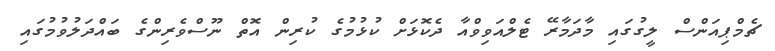
ޗެމްޕިއަންސް ލީގުގައި މާދަމާރޭ ޓެލްއަވިވްއާ ދެކޮޅަށް ކުޅުމުގެ ކުރިން އޮތް ނޫސްވެރިންގެ ބައްދަލުވުމުގައި